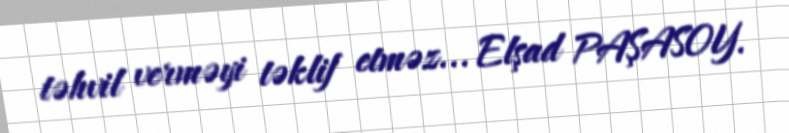
təhvil verməyi təklif etməz... Elşad PAŞASOY.